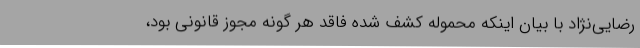
رضایی‌نژاد با بیان اینکه محموله کشف شده فاقد هر گونه مجوز قانونی بود،